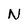
Character: N